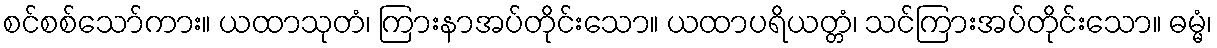
စင်စစ်သော်ကား။ ယထာသုတံ၊ ကြားနာအပ်တိုင်းသော။ ယထာပရိယတ္တံ၊ သင်ကြားအပ်တိုင်းသော။ ဓမ္မံ၊